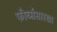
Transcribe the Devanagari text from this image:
फोर्ब्ससारखा